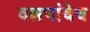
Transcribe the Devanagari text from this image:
वल्लभांचेच